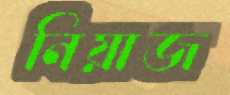
নিয়াজ